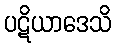
ပဋိယာဒေသိ